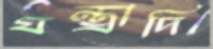
যন্ত্রাদি